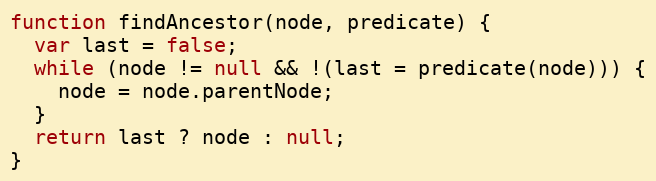
Language: JavaScript
function findAncestor(node, predicate) {
  var last = false;
  while (node != null && !(last = predicate(node))) {
    node = node.parentNode;
  }
  return last ? node : null;
}